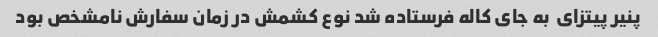
پنیر پیتزای  به جای کاله فرستاده شد نوع کشمش در زمان سفارش نامشخص بود